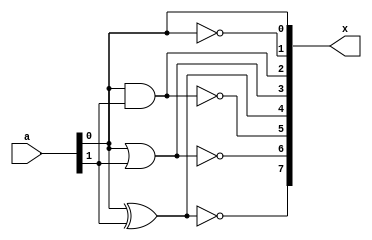
/*
 * Gates
 * 
 * Paul Enrique Alonso Ramrez A01634608
 * Diseo con lgica programable
 * Grupo 101
 * Tecnolgico de Monterrey, Campus Guadalajara
 * Viernes 24 de febrero de 2023
 */

module gates (
    input wire [1:0] a,
    output reg [7:0] x
);

    always @(a)
    begin
        x[0] = a[0];
        x[1] = ~a[0];
        x[2] = a[0] & a[1];
        x[3] = a[0] | a[1];
        x[4] = a[0] ^ a[1];
        x[5] = ~(a[0] & a[1]);
        x[6] = ~(a[0] | a[1]);
        x[7] = ~(a[0] ^ a[1]);
    end
endmodule